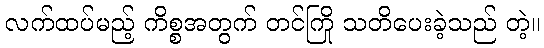
လက်ထပ်မည့် ကိစ္စအတွက် တင်ကြို သတိပေးခဲ့သည် တဲ့။